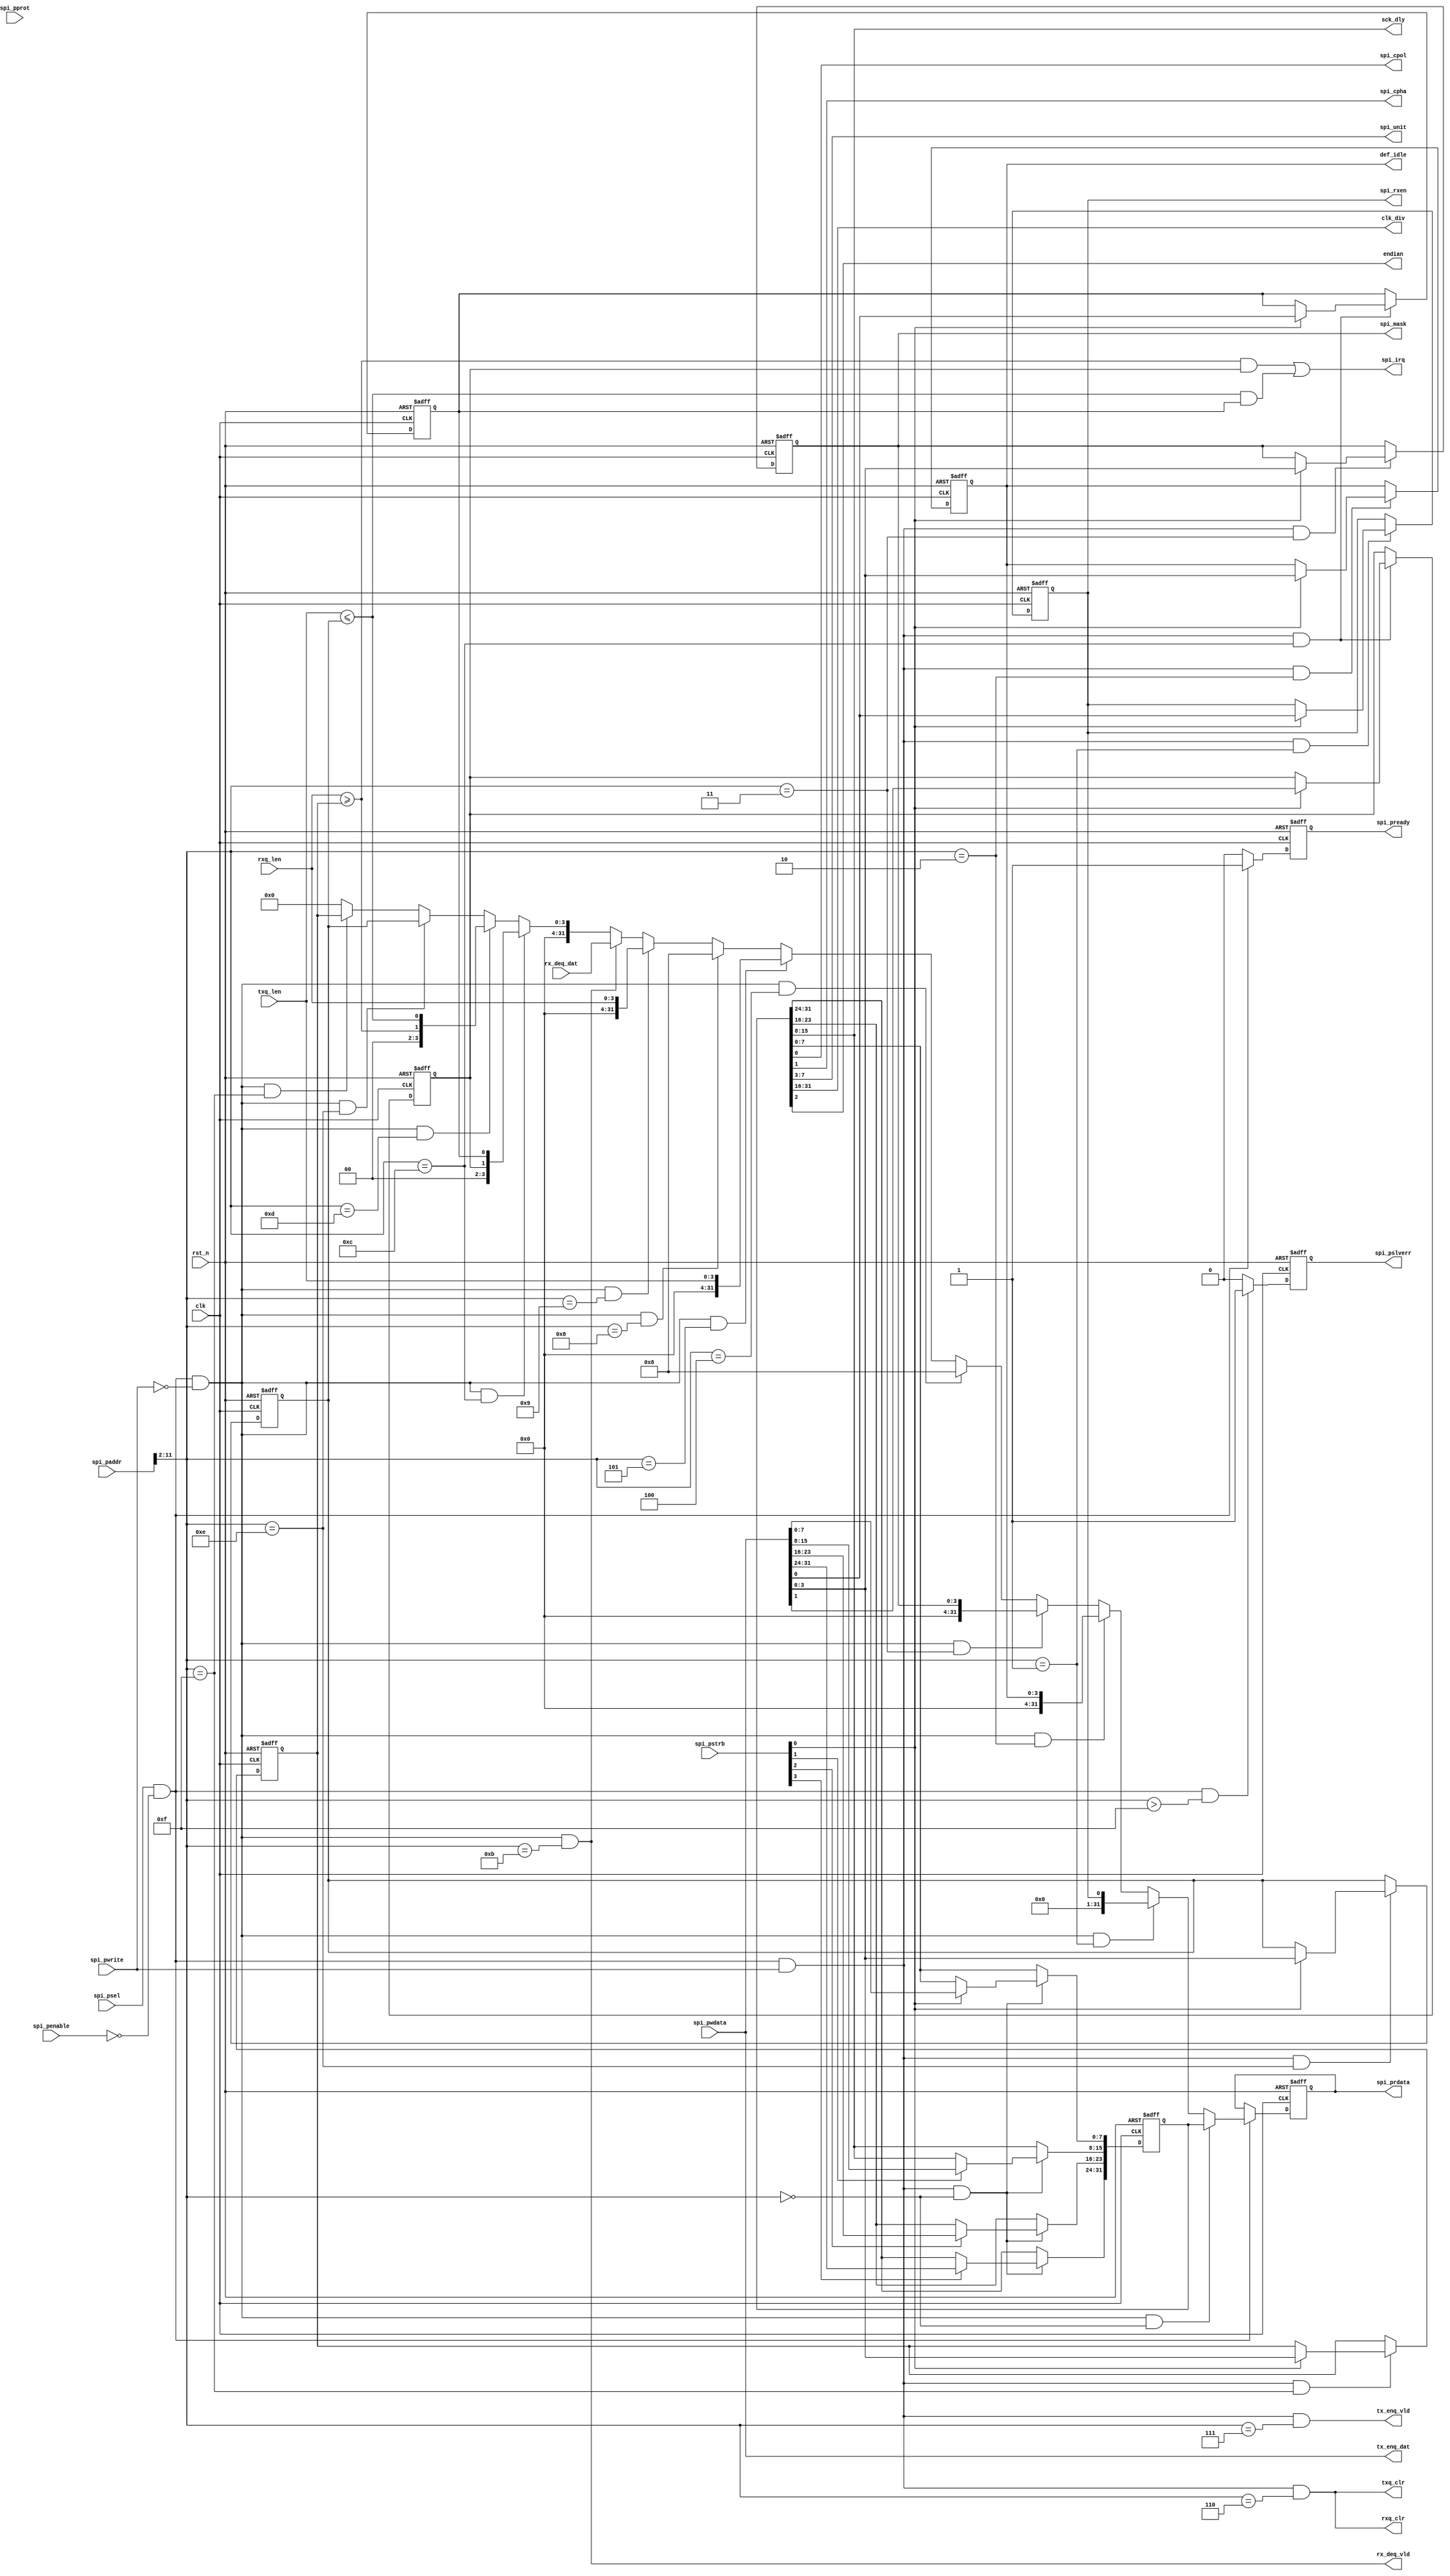
//************************************************************
// See LICENSE for license details.
//
// Module: uv_spi_reg
//
// Designer: Owen
//
// Description:
//      SPI register access by bus.
//************************************************************

`timescale 1ns / 1ps

module uv_spi_reg
#(
    parameter ALEN                  = 12,
    parameter DLEN                  = 32,
    parameter MLEN                  = DLEN / 8,
    parameter TXQ_AW                = 3,
    parameter TXQ_DP                = 2**TXQ_AW,
    parameter RXQ_AW                = 3,
    parameter RXQ_DP                = 2**RXQ_AW,
    parameter CS_NUM                = 4
)
(
    input                           clk,
    input                           rst_n,

    // APB ports.
    input                           spi_psel,
    input                           spi_penable,
    input  [2:0]                    spi_pprot,
    input  [ALEN-1:0]               spi_paddr,
    input  [MLEN-1:0]               spi_pstrb,
    input                           spi_pwrite,
    input  [DLEN-1:0]               spi_pwdata,
    output [DLEN-1:0]               spi_prdata,
    output                          spi_pready,
    output                          spi_pslverr,

    // SPI control & status.
    output [CS_NUM-1:0]             def_idle,
    output [CS_NUM-1:0]             spi_mask,
    output                          spi_cpol,
    output                          spi_cpha,
    output                          spi_rxen,
    output [4:0]                    spi_unit,
    output [7:0]                    sck_dly,
    output [15:0]                   clk_div,
    output                          spi_irq,
    output                          endian,

    output                          tx_enq_vld,
    output [31:0]                   tx_enq_dat,
    output                          rx_deq_vld,
    input  [31:0]                   rx_deq_dat,

    output                          txq_clr,
    output                          rxq_clr,
    input  [TXQ_AW:0]               txq_len,
    input  [RXQ_AW:0]               rxq_len
);

    localparam UDLY                 = 1;
    localparam ADDR_DEC_WIDTH       = ALEN - 2;

    localparam REG_SPI_GLB_CFG      = 0;
    localparam REG_SPI_RECV_EN      = 1;
    localparam REG_SPI_CS_IDLE      = 2;
    localparam REG_SPI_CS_MASK      = 3;
    localparam REG_SPI_TXQ_CAP      = 4;
    localparam REG_SPI_TXQ_LEN      = 5;
    localparam REG_SPI_TXQ_CLR      = 6;
    localparam REG_SPI_TXQ_DAT      = 7;
    localparam REG_SPI_RXQ_CAP      = 8;
    localparam REG_SPI_RXQ_LEN      = 9;
    localparam REG_SPI_RXQ_CLR      = 10;
    localparam REG_SPI_RXQ_DAT      = 11;
    localparam REG_SPI_IE           = 12;
    localparam REG_SPI_IP           = 13;
    localparam REG_SPI_TX_IRQ_TH    = 14;
    localparam REG_SPI_RX_IRQ_TH    = 15;
    localparam REG_ADDR_MAX         = 15;

    wire [ADDR_DEC_WIDTH-1:0]       dec_addr;

    reg  [31:0]                     spi_glb_cfg_r;
    reg                             spi_recv_en_r;
    reg  [CS_NUM-1:0]               spi_cs_idle_r;
    reg  [CS_NUM-1:0]               spi_cs_mask_r;
    reg                             spi_tx_ie_r;
    reg                             spi_rx_ie_r;
    wire                            spi_tx_ip;
    wire                            spi_rx_ip;
    reg  [TXQ_AW:0]                 spi_tx_irq_th_r;
    reg  [RXQ_AW:0]                 spi_rx_irq_th_r;

    wire                            spi_glb_cfg_match;
    wire                            spi_recv_en_match;
    wire                            spi_cs_idle_match;
    wire                            spi_cs_mask_match;
    wire                            spi_txq_cap_match;
    wire                            spi_txq_len_match;
    wire                            spi_txq_clr_match;
    wire                            spi_txq_dat_match;
    wire                            spi_rxq_cap_match;
    wire                            spi_rxq_len_match;
    wire                            spi_rxq_clr_match;
    wire                            spi_rxq_dat_match;
    wire                            spi_ie_match;
    wire                            spi_ip_match;
    wire                            spi_tx_irq_th_match;
    wire                            spi_rx_irq_th_match;
    wire                            addr_mismatch;

    wire                            spi_glb_cfg_wr;
    wire                            spi_recv_en_wr;
    wire                            spi_cs_idle_wr;
    wire                            spi_cs_mask_wr;
    wire                            spi_txq_clr_wr;
    wire                            spi_txq_dat_wr;
    wire                            spi_rxq_clr_wr;
    wire                            spi_ie_wr;
    wire                            spi_tx_irq_th_wr;
    wire                            spi_rx_irq_th_wr;

    wire                            spi_glb_cfg_rd;
    wire                            spi_recv_en_rd;
    wire                            spi_cs_idle_rd;
    wire                            spi_cs_mask_rd;
    wire                            spi_txq_cap_rd;
    wire                            spi_txq_len_rd;
    wire                            spi_rxq_cap_rd;
    wire                            spi_rxq_len_rd;
    wire                            spi_rxq_dat_rd;
    wire                            spi_ie_rd;
    wire                            spi_ip_rd;
    wire                            spi_tx_irq_th_rd;
    wire                            spi_rx_irq_th_rd;

    reg                             rsp_vld_r;
    reg                             rsp_excp_r;
    reg  [DLEN-1:0]                 rsp_data;
    reg  [DLEN-1:0]                 rsp_data_r;

    // Address decoding.
    assign dec_addr                 = spi_paddr[ALEN-1:2];
    assign spi_glb_cfg_match        = dec_addr == REG_SPI_GLB_CFG[ADDR_DEC_WIDTH-1:0];
    assign spi_recv_en_match        = dec_addr == REG_SPI_RECV_EN[ADDR_DEC_WIDTH-1:0];
    assign spi_cs_idle_match        = dec_addr == REG_SPI_CS_IDLE[ADDR_DEC_WIDTH-1:0];
    assign spi_cs_mask_match        = dec_addr == REG_SPI_CS_MASK[ADDR_DEC_WIDTH-1:0];
    assign spi_txq_cap_match        = dec_addr == REG_SPI_TXQ_CAP[ADDR_DEC_WIDTH-1:0];
    assign spi_txq_len_match        = dec_addr == REG_SPI_TXQ_LEN[ADDR_DEC_WIDTH-1:0];
    assign spi_txq_clr_match        = dec_addr == REG_SPI_TXQ_CLR[ADDR_DEC_WIDTH-1:0];
    assign spi_txq_dat_match        = dec_addr == REG_SPI_TXQ_DAT[ADDR_DEC_WIDTH-1:0];
    assign spi_rxq_cap_match        = dec_addr == REG_SPI_RXQ_CAP[ADDR_DEC_WIDTH-1:0];
    assign spi_rxq_len_match        = dec_addr == REG_SPI_RXQ_LEN[ADDR_DEC_WIDTH-1:0];
    assign spi_rxq_clr_match        = dec_addr == REG_SPI_RXQ_CLR[ADDR_DEC_WIDTH-1:0];
    assign spi_rxq_dat_match        = dec_addr == REG_SPI_RXQ_DAT[ADDR_DEC_WIDTH-1:0];
    assign spi_ie_match             = dec_addr == REG_SPI_IE[ADDR_DEC_WIDTH-1:0];
    assign spi_ip_match             = dec_addr == REG_SPI_IP[ADDR_DEC_WIDTH-1:0];
    assign spi_tx_irq_th_match      = dec_addr == REG_SPI_TX_IRQ_TH[ADDR_DEC_WIDTH-1:0];
    assign spi_rx_irq_th_match      = dec_addr == REG_SPI_RX_IRQ_TH[ADDR_DEC_WIDTH-1:0];
    assign addr_mismatch            = dec_addr >  REG_ADDR_MAX[ADDR_DEC_WIDTH-1:0];

    assign spi_glb_cfg_wr           = spi_psel & (~spi_penable) & spi_pwrite & spi_glb_cfg_match;
    assign spi_recv_en_wr           = spi_psel & (~spi_penable) & spi_pwrite & spi_recv_en_match;
    assign spi_cs_idle_wr           = spi_psel & (~spi_penable) & spi_pwrite & spi_cs_idle_match;
    assign spi_cs_mask_wr           = spi_psel & (~spi_penable) & spi_pwrite & spi_cs_mask_match;
    assign spi_txq_clr_wr           = spi_psel & (~spi_penable) & spi_pwrite & spi_txq_clr_match;
    assign spi_txq_dat_wr           = spi_psel & (~spi_penable) & spi_pwrite & spi_txq_dat_match;
    assign spi_rxq_clr_wr           = spi_psel & (~spi_penable) & spi_pwrite & spi_txq_clr_match;
    assign spi_ie_wr                = spi_psel & (~spi_penable) & spi_pwrite & spi_ie_match;
    assign spi_tx_irq_th_wr         = spi_psel & (~spi_penable) & spi_pwrite & spi_tx_irq_th_match;
    assign spi_rx_irq_th_wr         = spi_psel & (~spi_penable) & spi_pwrite & spi_rx_irq_th_match;

    assign spi_glb_cfg_rd           = spi_psel & (~spi_penable) & (~spi_pwrite) & spi_glb_cfg_match;
    assign spi_recv_en_rd           = spi_psel & (~spi_penable) & (~spi_pwrite) & spi_recv_en_match;
    assign spi_cs_idle_rd           = spi_psel & (~spi_penable) & (~spi_pwrite) & spi_cs_idle_match;
    assign spi_cs_mask_rd           = spi_psel & (~spi_penable) & (~spi_pwrite) & spi_cs_mask_match;
    assign spi_txq_cap_rd           = spi_psel & (~spi_penable) & (~spi_pwrite) & spi_txq_cap_match;
    assign spi_txq_len_rd           = spi_psel & (~spi_penable) & (~spi_pwrite) & spi_txq_len_match;
    assign spi_rxq_cap_rd           = spi_psel & (~spi_penable) & (~spi_pwrite) & spi_rxq_cap_match;
    assign spi_rxq_len_rd           = spi_psel & (~spi_penable) & (~spi_pwrite) & spi_rxq_len_match;
    assign spi_rxq_dat_rd           = spi_psel & (~spi_penable) & (~spi_pwrite) & spi_rxq_dat_match;
    assign spi_ie_rd                = spi_psel & (~spi_penable) & (~spi_pwrite) & spi_ie_match;
    assign spi_ip_rd                = spi_psel & (~spi_penable) & (~spi_pwrite) & spi_ip_match;
    assign spi_tx_irq_th_rd         = spi_psel & (~spi_penable) & (~spi_pwrite) & spi_tx_irq_th_match;
    assign spi_rx_irq_th_rd         = spi_psel & (~spi_penable) & (~spi_pwrite) & spi_rx_irq_th_match;

    // Bus response.
    assign spi_prdata               = rsp_data_r;
    assign spi_pready               = rsp_vld_r;
    assign spi_pslverr              = rsp_excp_r;

    // Output configs.
    assign spi_cpol                 = spi_glb_cfg_r[0];
    assign spi_cpha                 = spi_glb_cfg_r[1];
    assign endian                   = spi_glb_cfg_r[2];
    assign spi_unit                 = spi_glb_cfg_r[7:3];
    assign sck_dly                  = spi_glb_cfg_r[15:8];
    assign clk_div                  = spi_glb_cfg_r[31:16];

    assign spi_rxen                 = spi_recv_en_r;
    assign def_idle                 = spi_cs_idle_r;
    assign spi_mask                 = spi_cs_mask_r;

    assign txq_clr                  = spi_txq_clr_wr;
    assign rxq_clr                  = spi_rxq_clr_wr;

    // Output data.
    assign tx_enq_vld               = spi_txq_dat_wr;
    assign tx_enq_dat               = spi_pwdata[31:0];
    assign rx_deq_vld               = spi_rxq_dat_rd;

    // Interrupt.
    assign spi_tx_ip                = txq_len <= spi_tx_irq_th_r;
    assign spi_rx_ip                = rxq_len >= spi_rx_irq_th_r;
    assign spi_irq                  = (spi_rx_ip & spi_rx_ie_r) | (spi_tx_ip & spi_tx_ie_r);

    // Write registers from bus.
    always @(posedge clk or negedge rst_n) begin
        if (~rst_n) begin
            spi_glb_cfg_r <= 32'b0;
        end
        else begin
            if (spi_glb_cfg_wr) begin
                spi_glb_cfg_r[7:0]   <= #UDLY spi_pstrb[0] ? spi_pwdata[7:0]   : spi_glb_cfg_r[7:0];
                spi_glb_cfg_r[15:8]  <= #UDLY spi_pstrb[1] ? spi_pwdata[15:8]  : spi_glb_cfg_r[15:8];
                spi_glb_cfg_r[23:16] <= #UDLY spi_pstrb[2] ? spi_pwdata[23:16] : spi_glb_cfg_r[23:16];
                spi_glb_cfg_r[31:24] <= #UDLY spi_pstrb[3] ? spi_pwdata[31:24] : spi_glb_cfg_r[31:24];
            end
        end
    end

    always @(posedge clk or negedge rst_n) begin
        if (~rst_n) begin
            spi_recv_en_r <= 1'b0;
        end
        else begin
            if (spi_recv_en_wr) begin
                spi_recv_en_r <= #UDLY spi_pstrb[0] ? spi_pwdata[0] : spi_recv_en_r;
            end
        end
    end

    always @(posedge clk or negedge rst_n) begin
        if (~rst_n) begin
            spi_cs_idle_r <= {CS_NUM{1'b1}};
        end
        else begin
            if (spi_cs_idle_wr) begin
                spi_cs_idle_r <= #UDLY spi_pstrb[0] ? spi_pwdata[CS_NUM-1:0] : spi_cs_idle_r;
            end
        end
    end

    always @(posedge clk or negedge rst_n) begin
        if (~rst_n) begin
            spi_cs_mask_r <= {CS_NUM{1'b0}};
        end
        else begin
            if (spi_cs_mask_wr) begin
                spi_cs_mask_r <= #UDLY spi_pstrb[0] ? spi_pwdata[CS_NUM-1:0] : spi_cs_mask_r;
            end
        end
    end

    always @(posedge clk or negedge rst_n) begin
        if (~rst_n) begin
            spi_tx_ie_r <= 1'b0;
            spi_rx_ie_r <= 1'b0;
        end
        else begin
            if (spi_ie_wr) begin
                spi_tx_ie_r <= #UDLY spi_pstrb[0] ? spi_pwdata[0] : spi_tx_ie_r;
                spi_rx_ie_r <= #UDLY spi_pstrb[0] ? spi_pwdata[1] : spi_rx_ie_r;
            end
        end
    end

    always @(posedge clk or negedge rst_n) begin
        if (~rst_n) begin
            spi_tx_irq_th_r <= {(TXQ_AW+1){1'b0}};
        end
        else begin
            if (spi_tx_irq_th_wr) begin
                spi_tx_irq_th_r <= #UDLY spi_pstrb[0] ? spi_pwdata[TXQ_AW:0] : spi_tx_irq_th_r;
            end
        end
    end

    always @(posedge clk or negedge rst_n) begin
        if (~rst_n) begin
            spi_rx_irq_th_r <= {(RXQ_AW+1){1'b0}};
        end
        else begin
            if (spi_rx_irq_th_wr) begin
                spi_rx_irq_th_r <= #UDLY spi_pstrb[0] ? spi_pwdata[RXQ_AW:0] : spi_rx_irq_th_r;
            end
        end
    end

    // Buffer bus response.
    always @(*) begin
        case (1'b1)
            spi_glb_cfg_rd   : rsp_data = {{(DLEN-32){1'b0}}, spi_glb_cfg_r};
            spi_recv_en_rd   : rsp_data = {{(DLEN-1){1'b0}}, spi_recv_en_r};
            spi_cs_idle_rd   : rsp_data = {{(DLEN-CS_NUM){1'b0}}, spi_cs_idle_r};
            spi_cs_mask_rd   : rsp_data = {{(DLEN-CS_NUM){1'b0}}, spi_cs_mask_r};
            spi_txq_cap_rd   : rsp_data = TXQ_DP[DLEN-1:0];
            spi_txq_len_rd   : rsp_data = {{(DLEN-TXQ_AW-1){1'b0}}, txq_len};
            spi_rxq_cap_rd   : rsp_data = RXQ_DP[DLEN-1:0];
            spi_rxq_len_rd   : rsp_data = {{(DLEN-RXQ_AW-1){1'b0}}, rxq_len};
            spi_rxq_dat_rd   : rsp_data = {{(DLEN-32){1'b0}}, rx_deq_dat};
            spi_ie_rd        : rsp_data = {{(DLEN-2){1'b0}}, spi_rx_ie_r, spi_tx_ie_r};
            spi_ip_rd        : rsp_data = {{(DLEN-2){1'b0}}, spi_rx_ip, spi_tx_ip};
            spi_tx_irq_th_rd : rsp_data = {{(DLEN-TXQ_AW-1){1'b0}}, spi_tx_irq_th_r};
            spi_rx_irq_th_rd : rsp_data = {{(DLEN-TXQ_AW-1){1'b0}}, spi_rx_irq_th_r};
            default          : rsp_data = {DLEN{1'b0}};
        endcase
    end

    always @(posedge clk or negedge rst_n) begin
        if (~rst_n) begin
            rsp_data_r <= {DLEN{1'b0}};
        end
        else begin
            if (spi_psel & (~spi_penable)) begin
                rsp_data_r <= #UDLY rsp_data;
            end
        end
    end

    always @(posedge clk or negedge rst_n) begin
        if (~rst_n) begin
            rsp_vld_r <= 1'b0;
        end
        else begin
            if (spi_psel & (~spi_penable)) begin
                rsp_vld_r <= #UDLY 1'b1;
            end
            else begin
                rsp_vld_r <= #UDLY 1'b0;
            end
        end
    end

    always @(posedge clk or negedge rst_n) begin
        if (~rst_n) begin
            rsp_excp_r <= 1'b0;
        end
        else begin
            if (spi_psel & (~spi_penable) & addr_mismatch) begin
                rsp_excp_r <= #UDLY 1'b1;
            end
            else begin
                rsp_excp_r <= #UDLY 1'b0;
            end
        end
    end

endmodule